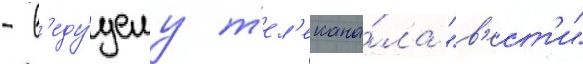
- в'еду́щему т'ел'екана́ла "в'ест'и"